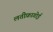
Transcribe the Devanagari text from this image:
लतीफ़ागोई